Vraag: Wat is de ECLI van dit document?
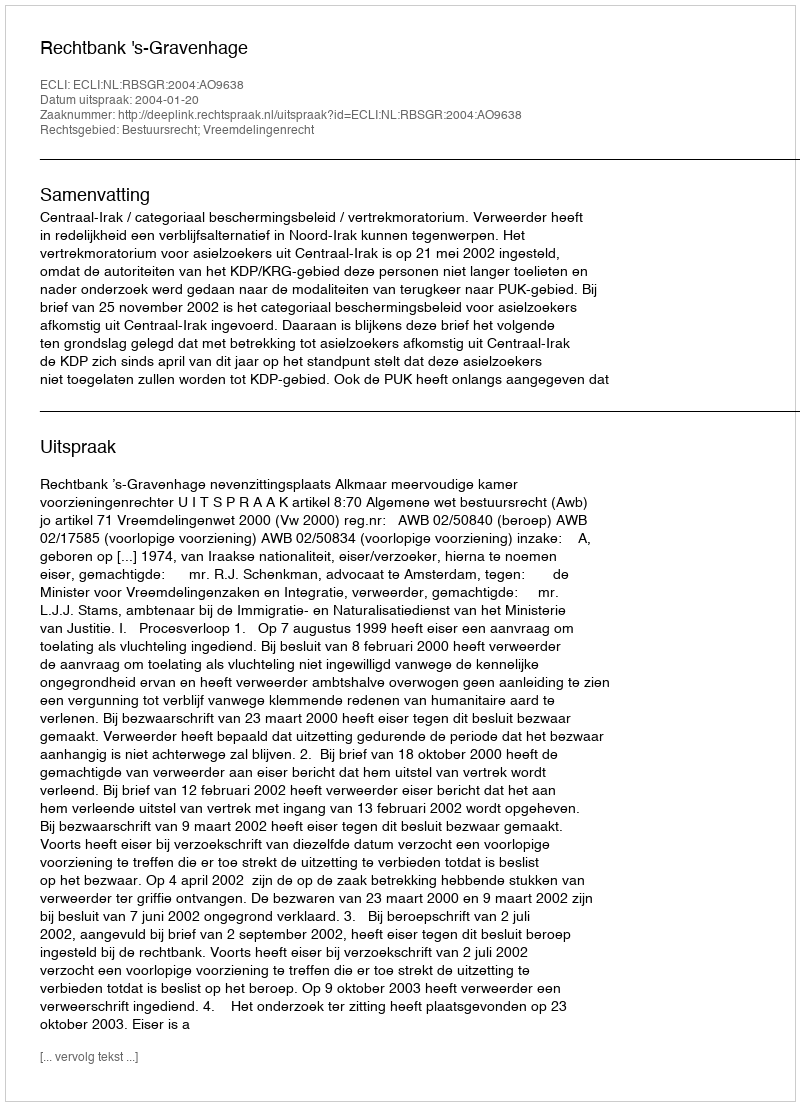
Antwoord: ECLI:NL:RBSGR:2004:AO9638